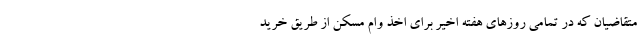
متقاضیان که در تمامی روزهای هفته اخیر برای اخذ وام مسکن از طریق خرید